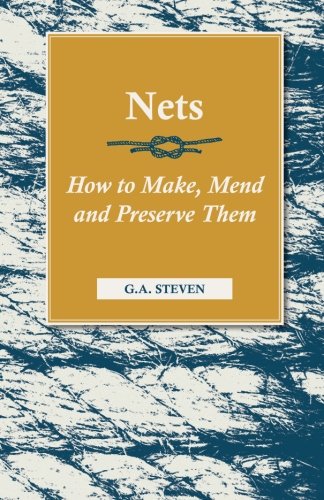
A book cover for Nets - How to Make, Mend and Preserve Them; G. A. Steven; Crafts, Hobbies & Home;